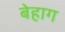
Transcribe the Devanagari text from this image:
बेहाग